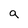
Character: a